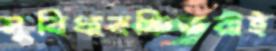
সুবিধাবঞ্চিতরাই